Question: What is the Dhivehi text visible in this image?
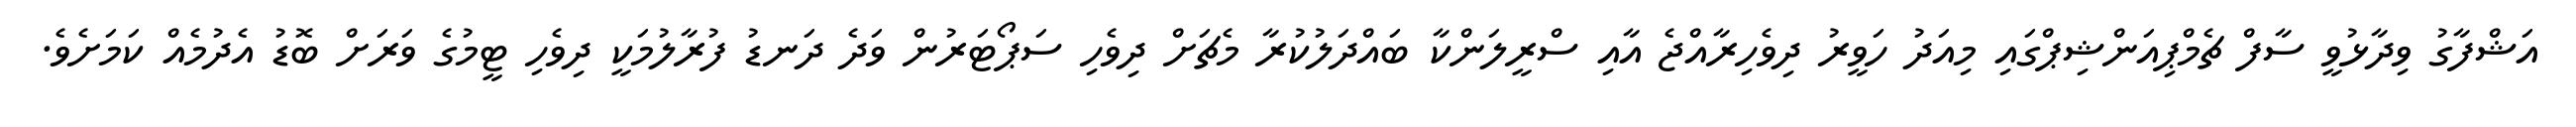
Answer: އަޝްފާގު ވިދާޅުވީ ސާފް ޗެމްޕިއަންޝިޕްގައި މިއަދު ހަވީރު ދިވެހިރާއްޖެ އާއި ސްރީލަންކާ ބައްދަލުކުރާ މެޗަށް ދިވެހި ސަޕޯޓަރުން ވަދެ ދަނޑު ފުރާލުމަކީ ދިވެހި ޓީމުގެ ވަރަށް ބޮޑު އެދުމެއް ކަމަށެވެ.